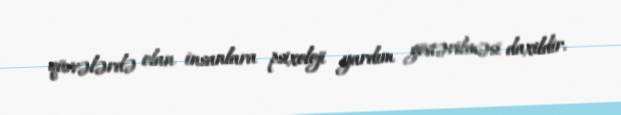
qüvvələrdə olan insanlara psixoloji yardım göstərilməsi daxildir.